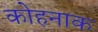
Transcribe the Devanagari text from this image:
कोहनाक